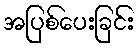
အပြစ်ပေးခြင်း